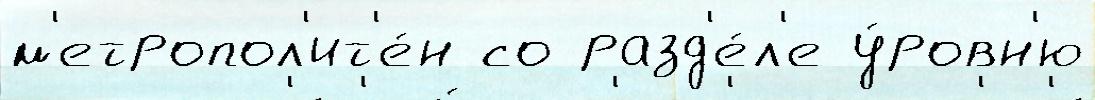
м'етропол'ит'е́н со разд'е́л'е у́ровн'ю